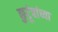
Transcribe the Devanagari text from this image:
कुटूंबांच्या